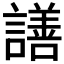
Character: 𧬆